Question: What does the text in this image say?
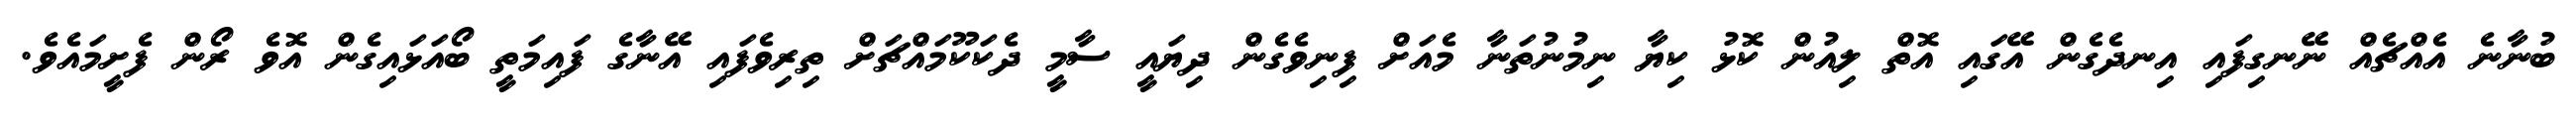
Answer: ބުނާނެ އެއްޗެއް ނޭނގިފައި އިނދެގެން އޭގައި އޮތް ލިއުން ކޮޅު ކިޔާ ނިމުނުތަނާ މެއަށް ފިނިވެގެން ދިޔައީ ސާމީ ދެކަކޫމައްޗަށް ތިރިވެފައި އޭނާގެ ފައިމަތީ ބޯއަޅައިގެން އޮވެ ރޯން ފެށީމައެވެ.